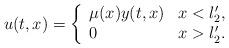
LaTeX: \begin{align*}u(t,x)=\left\{ \begin{array}{ll}\mu(x) y(t,x)& x<l_2',\\0& x>l_2'.\end{array}\right. \end{align*}